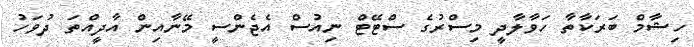
ހިޝާމް ބަރަކާތާ ހަވާލާދީ މިސްރުގެ ސްޓޭޓް ނިއުސް އެޖެންސީ މޭނާއިން އާދީއްތަ ދުވަހު